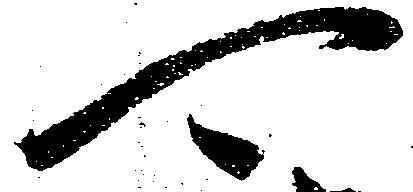
可